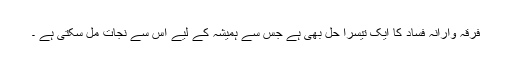
فرقہ وارانہ فساد کا ایک تیسرا حل بھی ہے جس سے ہمیشہ کے لیے اس سے نجات مل سکتی ہے ۔